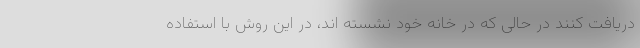
دریافت کنند در حالی که در خانه خود نشسته اند، در این روش با استفاده